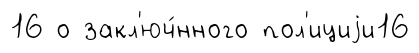
16 о закл'юч́нного пол'ициjи16